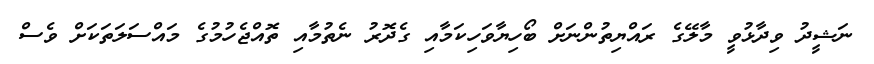
ނަޝީދު ވިދާޅުވީ މާލޭގެ ރައްޔިތުންނަށް ބޯހިޔާވަހިކަމާއި ގެދޮރު ނެތުމާއި ތޮއްޖެހުމުގެ މައްސަލަތަކަށް ވެސް